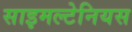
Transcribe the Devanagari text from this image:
साइमल्टेनियस